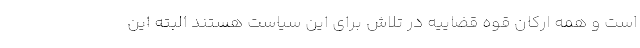
است و همه ارکان قوه قضاییه در تلاش برای این سیاست هستند البته این